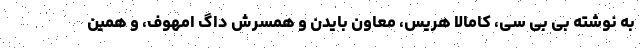
به نوشته بی بی سی، کامالا هریس، معاون بایدن و همسرش داگ امهوف، و همین